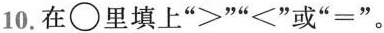
10.在\bigcirc里填上“>"“≤”或“=”。